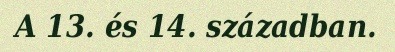
A 13. és 14. században.